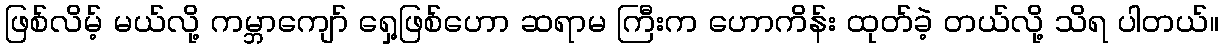
ဖြစ်လိမ့် မယ်လို့ ကမ္ဘာကျော် ရှေ့ဖြစ်ဟော ဆရာမ ကြီးက ဟောကိန်း ထုတ်ခဲ့ တယ်လို့ သိရ ပါတယ်။